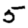
Digit: 5